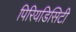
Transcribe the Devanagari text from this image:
पिरियडिसिटी